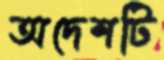
অদেশটি